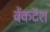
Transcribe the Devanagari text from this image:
वेंकटॅश